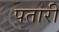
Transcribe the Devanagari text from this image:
पतारी